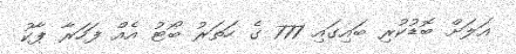
އަލަށް ބޮޑުކުރި ބައިގައި 777 ގެ ހަތަރު ބޯޓު އެއް ފަހަރާ ޕާކު